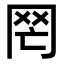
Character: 𦉸